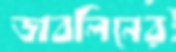
ডাবলিনের